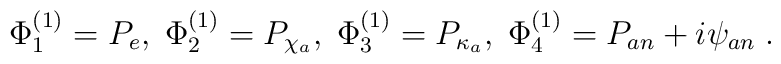
\Phi^{(1)}_1=P_e, \; \Phi^{(1)}_2=P_{\chi_a}, \;\Phi^{(1)}_3=P_{\kappa_a},\; \Phi^{(1)}_{4}=P_{an}+i\psi_{an} \;.